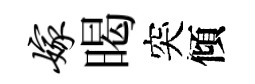
嫁暍突傾